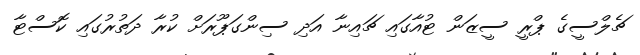
ޗެލްސީގެ ޕްރީ ސީޒަން ޓުއާގައި ޗައިނާ އަދި ސިންގަޕޫރަށް ކުރާ ދަތުރުގައި ކޮސްޓާ